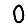
Digit: 0